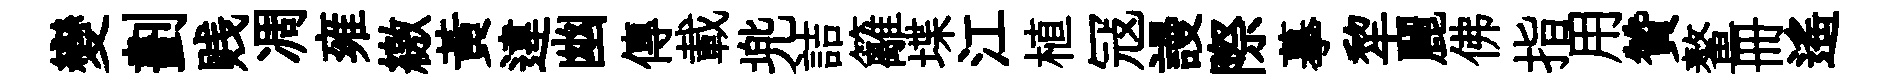
變劃贱凋雍繳黃違幽傳載兠詰籬堞江植冦謾際摹犂麗佛指用贊鳌册遙